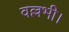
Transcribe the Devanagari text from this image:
वल्लभी।